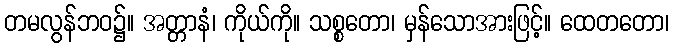
တမလွန်ဘဝ၌။ အတ္တာနံ၊ ကိုယ်ကို။ သစ္စတော၊ မှန်သောအားဖြင့်။ ထေတတော၊